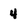
Character: 4